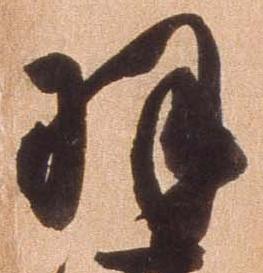
羽